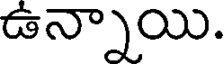
ఉన్నాయి.